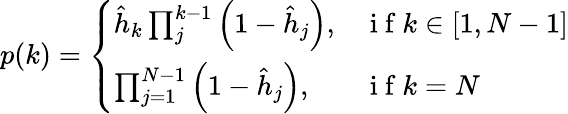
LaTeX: \begin{array}{r}{p(k)=\left\{ \begin{array}{ll}{\hat{h}_{k}\prod_{j}^{k-1}\left(1-\hat{h}_{j}\right),}&{\mathrm{~i~f~}k\in[1,N-1]}\\ {\prod_{j=1}^{N-1}\left(1-\hat{h}_{j}\right),}&{\mathrm{~i~f~}k=N}\end{array}\right.}\end{array}